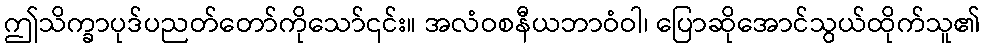
ဤသိက္ခာပုဒ်ပညတ်တော်ကိုသော်၎င်း။ အလံဝစနီယဘာဝံဝါ၊ ပြောဆိုအောင်သွယ်ထိုက်သူ၏